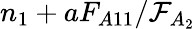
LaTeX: n_{1}+aF_{A11}/\mathcal{F}_{A_{2}}